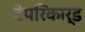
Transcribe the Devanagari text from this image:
टेपरिकार्ड